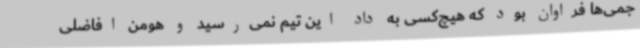
جمی‌ها فراوان بود که هیچ‌کسی به داد این تیم نمی‌رسید و هومن افاضلی